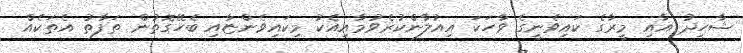
ޝާހިދު އާއި މީރާގެ ކައިވެނީގެ ވާހަކަ އިއުލާންކުރެވުމާއިއެކު މިކައިވެންޏާއި ބެހޭގޮތުން ތަފާތު އެތަކެއް